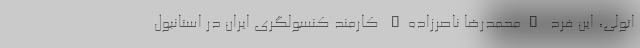
اتولی، این فرد "محمدرضا ناصرزاده" کارمند کنسولگری ایران در استانبول